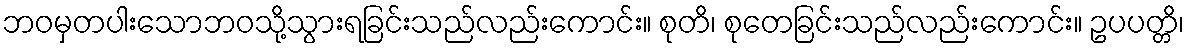
ဘဝမှတပါးသောဘဝသို့သွားရခြင်းသည်လည်းကောင်း။ စုတိ၊ စုတေခြင်းသည်လည်းကောင်း။ ဥပပတ္တိ၊